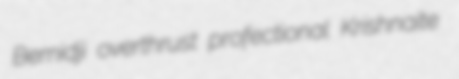
Bemidji overthrust profectional Krishnaite